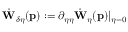
\dot { \mathbf { W } } _ { \delta \eta } ( \mathbf { p } ) : = \partial _ { \eta \eta } \dot { \mathbf { W } } _ { \eta } ( \mathbf { p } ) \vert _ { \eta = 0 }